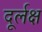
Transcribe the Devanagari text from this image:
दूर्लक्ष